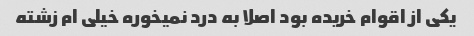
یکی از اقوام خریده بود اصلا به درد نمیخوره خیلی ام زشته